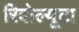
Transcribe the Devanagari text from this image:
रिवोल्यूटा